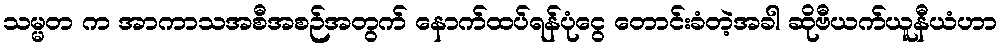
သမ္မတ က အာကာသအစီအစဉ်အတွက် နောက်ထပ်ရန်ပုံငွေ တောင်းခံတဲ့အခါ ဆိုဗီယက်ယူနီယံဟာ